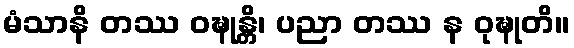
မံသာနိ တဿ ဝဍ္ဎုန္တိ၊ ပညာ တဿ န ဝုဍ္ဎုတိ။